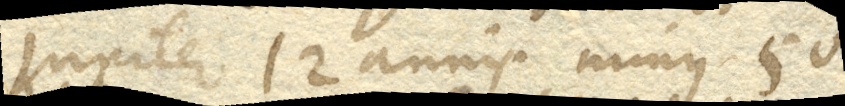
Jupiter 12 annis minus 50